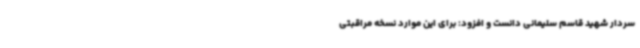
سردار شهید قاسم سلیمانی دانست و افزود: برای این موارد نسخه مراقبتی